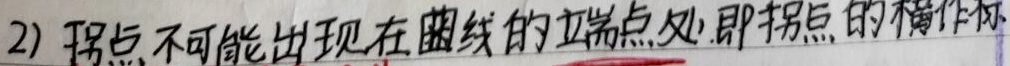
2) 拐点不可能出现在曲线的端点处。即拐点的横坐标